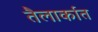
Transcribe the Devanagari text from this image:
तैलार्कात